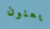
يعنون